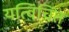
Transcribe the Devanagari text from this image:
यत्विंचित्